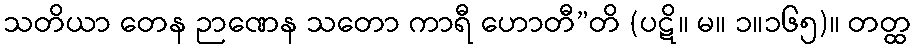
သတိယာ တေန ဉာဏေန သတော ကာရီ ဟောတီ”တိ (ပဋိ။ မ။ ၁။၁၆၅)။ တတ္ထ